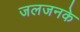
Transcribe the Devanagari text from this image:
जलजनके